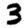
Digit: 3